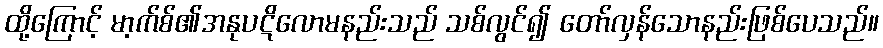
ထို့ကြောင့် မာ့က်စ်၏အနုပဋိလောမနည်းသည် သစ်လွင်၍ တော်လှန်သောနည်းဖြစ်ပေသည်။